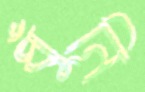
ধুঁনি